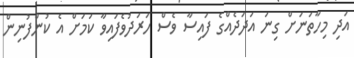
އަދި މިހާތަނަށް ގިނަ އަދަދެއްގެ ފައިސާ ވެސް ހަރަދުވެފައިވާ ކަމަށް އެ ކުންފުނިން